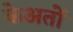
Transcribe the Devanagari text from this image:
केअतों